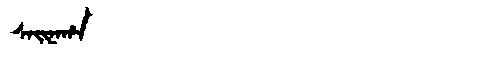
Manchu: ᠰᠠᡳᠨᠠᡥᠠ
Romanization: SAINAHA